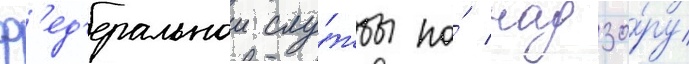
ф'ед'еральнои слу́жбы по́ надзо́ру